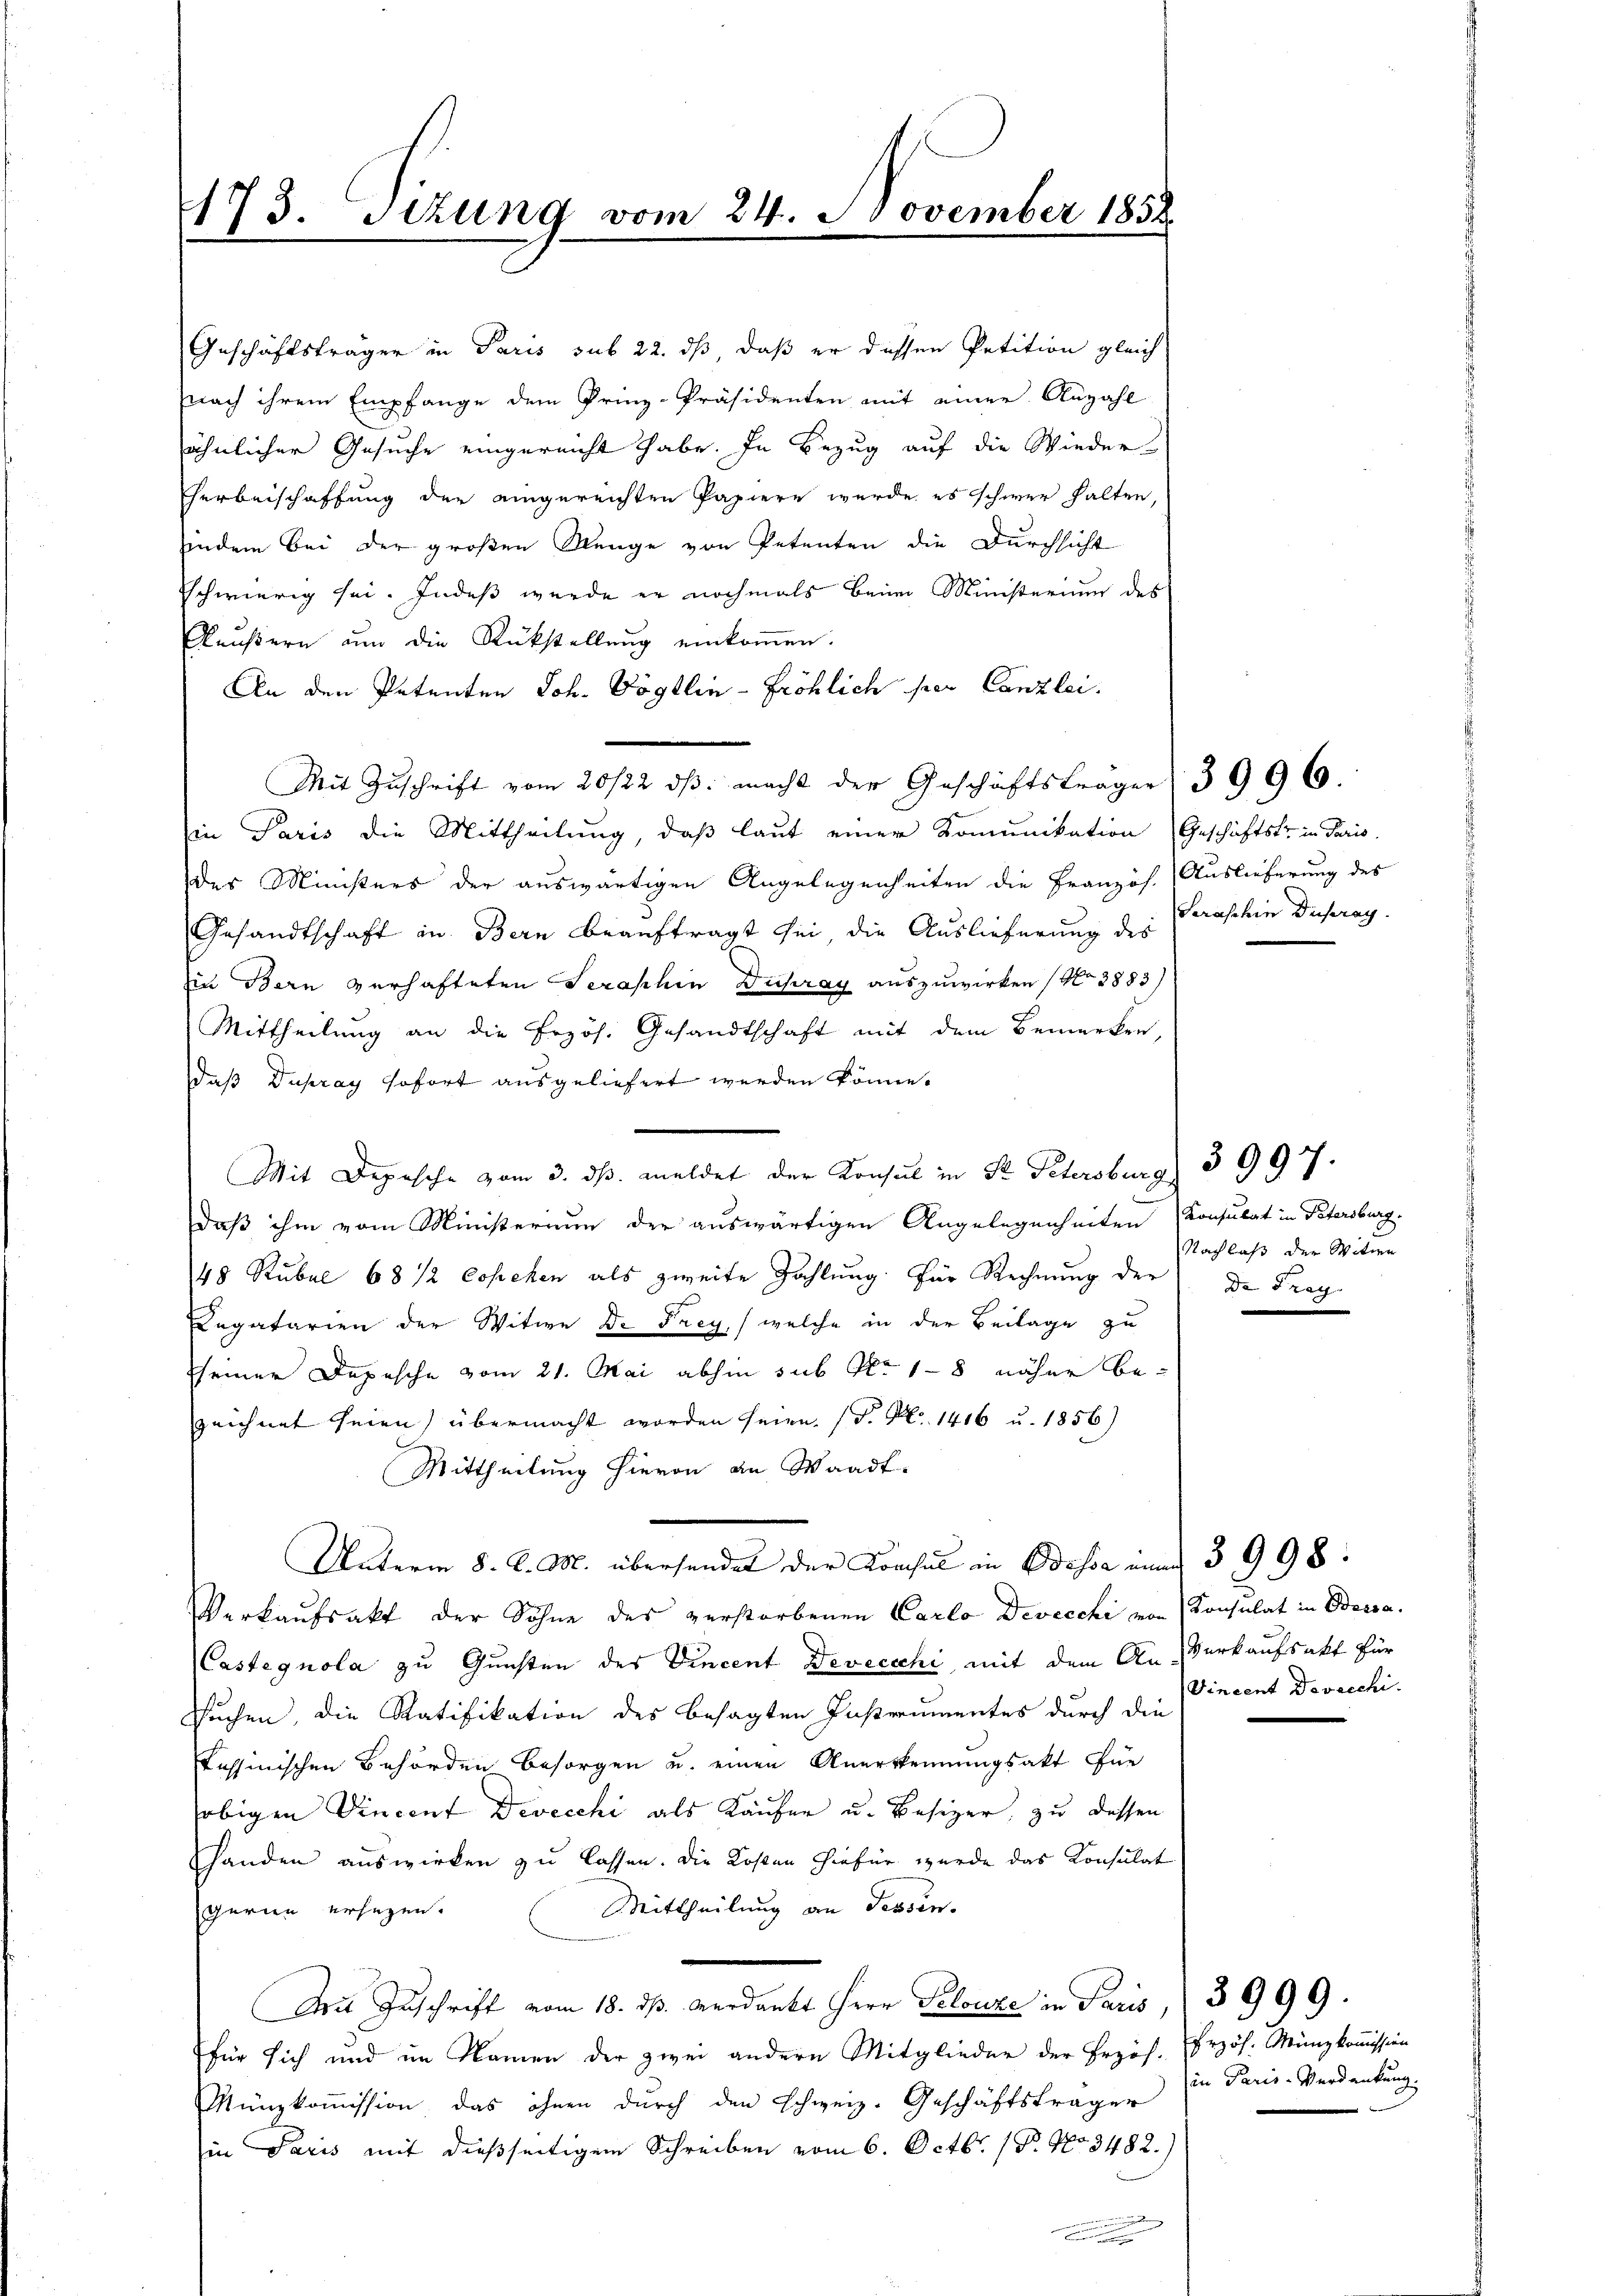
173. Sitzung vom 24. November 1855

Geschäftsträger in Paris sub 22. dß daß er dessen Petition gleich
nach ihrem Empfange dem Prinz-Präsidenten mit einer Anzahl
ähnlicher Gesuche eingereicht habe. In Bezug auf die Wieder-
Herbeischaffung der eingereichten Papiere wurde es schwer halten,
iindem bei der großen Menge von Petenten die Durchsicht
schwierig sei. Indeß wurde er nochmals beim Ministerium des
Aeußern um die Rückstellung einkommen.
An den Petenten Joh. Vögtlin - fröhlich per Canzlei.
Mit Zuschrift vom 20/22. dβ. macht der Geschäftsfragen: 3996.
in Paris die Mittheilung, daß laut einer Komunikation Geschäftstr. in Paris,
des Ministers der auswärtigen Angelegenheiten die Französ. Auslieferung des
Gesandtschaft in Bern beauftragt sei, die Auslieferung des Geraschin Duprag¬
Ein Bern verhafteten Serashin Dupray auszuwirken (No 3883)
Mittheilung an die Erzös. Gesandtschaft mit dem Bemerken,
daß Dupray sofort ausgeliefert werden könne.
Mit Depesche vom 3. ds. meldet der Konsul in St. Petersburg
.
daß ihm vom Ministerium der auswärtigen Angelegenheiten Konsulat in Petersburg.
48 Rubel 68 1/2 Coschen als zweite Zahlung für Rechnung der Dr Frag
Legatarien der Witwe Dr Frey, welche in der Beilage zu
seiner Depesche vom 21. Mai abhin sub No. 18 näher bezeichnet seien) übermacht worden seien. (T. No. 1416 u. 1856)
Mittheilung hievon an Waadt.
Unterm 8. d. M. übersendet der Konsul in Bossa in 3 998:
Verkaufsakt der Sohne des verstorbenen Carlo Devecchi von Konsulat in Beisa
Castegnola zu Gunsten des Vincent Deveccchi, mit dem An Verkaufsakt für
Suchen, die Ratifikation des besagten Instrumentes durch die
Tessinischen Behörden Besorgen u. einen Anerkennungsakt für
obigen Vincent Devecchi als Kaufen u. Besizer, zu dessen
handen auswirken zu lassen. Die Kosten hiefür wurde das Konsulat
Mittheilung an Tessin.
gerne ersezen.
Mit Zuschrift vom 18. ds. verdankt Herr Pelouze in Paris, (3999.
für sich und im Namen der zwei andern Mitglieder der Erzöh. Erzös. Münzkommission
Münzkoṁission, das ihnen durch den Schweiz. Geschäftsträger
in Paris mit dießseitigem Schreiben vom 6. Octbr. 1. No 3482.)
.

Nachlaß der Witwe

3997.

Vincent Devecchi.

in Paris-Verdankung.